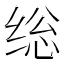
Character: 𰬥